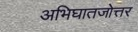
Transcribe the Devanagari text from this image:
अभिघातजोत्तर